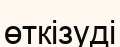
өткізуді